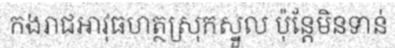
កងរាជអាវុធហត្ថស្រុកស្នួល ប៉ុន្តែមិនទាន់